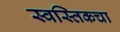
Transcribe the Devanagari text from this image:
स्वस्तिकचा